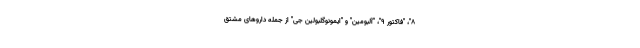
۸"، "فاکتور ۹"، "آلبومین" و "ایمونوگلبولین جی" از جمله داروهای مشتق